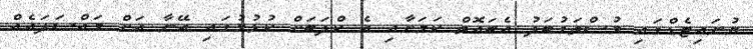
ޔުނައިޓެޑްގައި މުސްތަގުބަލު އެބައޮތް ކަމަށާއި އެ ކްލަބަށް ކުޅުމުގައި އޭނާ އަށް މައްސަަލައެއް